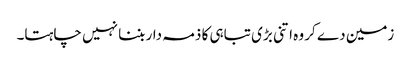
زمین دے کر وہ اتنی بڑی تباہی کا ذمہ دار بننا نہیں چاہتا۔